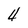
Character: 4